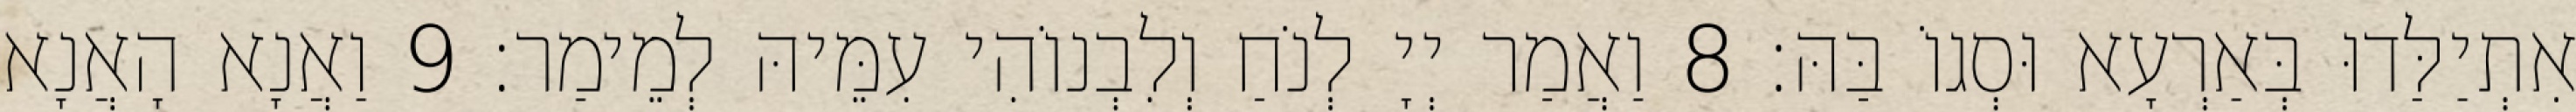
אִתְיַלַּדוּ בְּאַרְעָא וּסְגוֹ בַּהּ׃ 8 וַאֲמַר יְיָ לְנֹחַ וְלִבְנוֹהִי עִמֵּיהּ לְמֵימַר׃ 9 וַאֲנָא הָאֲנָא